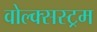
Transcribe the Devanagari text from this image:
वोल्क्सस्ट्रम